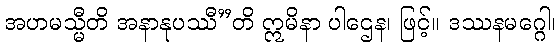
အဟမသ္မီတိ အနာနုပဿီ”တိ ဣမိနာ ပါဌေန၊ ဖြင့်။ ဒဿနမဂ္ဂေါ၊